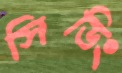
সিডিং